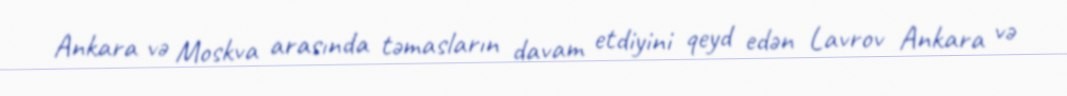
Ankara və Moskva arasında təmasların davam etdiyini qeyd edən Lavrov Ankara və